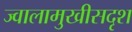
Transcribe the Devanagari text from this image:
ज्वालामुखीसदृश